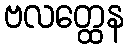
ဗလတ္ထေန